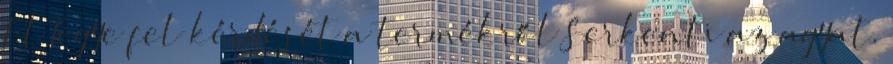
Ft Tegye fel kérdését a termékről Serkenti az agyat.